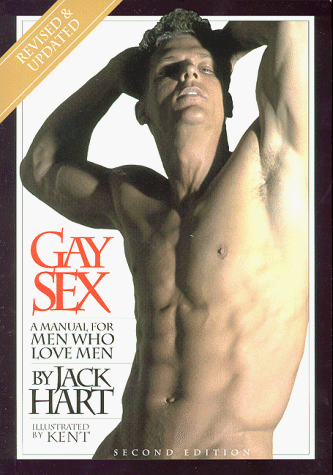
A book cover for Gay Sex: A Manual for Men Who Love Men--Revised Edition; Jack Hart; Gay & Lesbian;